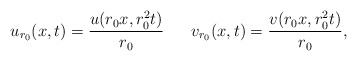
\begin{align*} u_{r_0}(x, t)= \frac{ u(r_{0} x, r_{0}^{2} t)}{r_{0}}\ \ \ \ \ v_{r_0}(x, t)= \frac{ v(r_{0} x, r_{0}^{2} t)}{r_{0}},\end{align*}